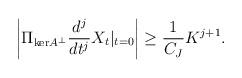
LaTeX: \begin{align*} \left|\Pi_{\mathrm{ker} A^\perp} \frac{d^j}{dt^j} X_t |_{t = 0}\right| \geq \frac{1}{C_J} K^{j+1}. \end{align*}